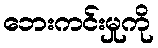
ဘေးကင်းမှုကို